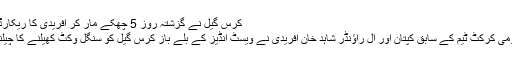
کرس گیل نے گزشتہ روز 5 چھکے مار کر آفریدی کا ریکارڈ برابر کیا
کراچی: قومی کرکٹ ٹیم کے سابق کپتان اور آل راؤنڈر شاہد خان آفریدی نے ویسٹ انڈیز کے بلے باز کرس گیل کو سنگل وکٹ کھیلنے کا چیلنج دے دیا۔